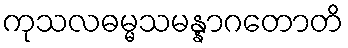
ကုသလဓမ္မသမန္နာဂတောတိ